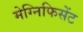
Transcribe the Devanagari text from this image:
मेग्निफिसेंट